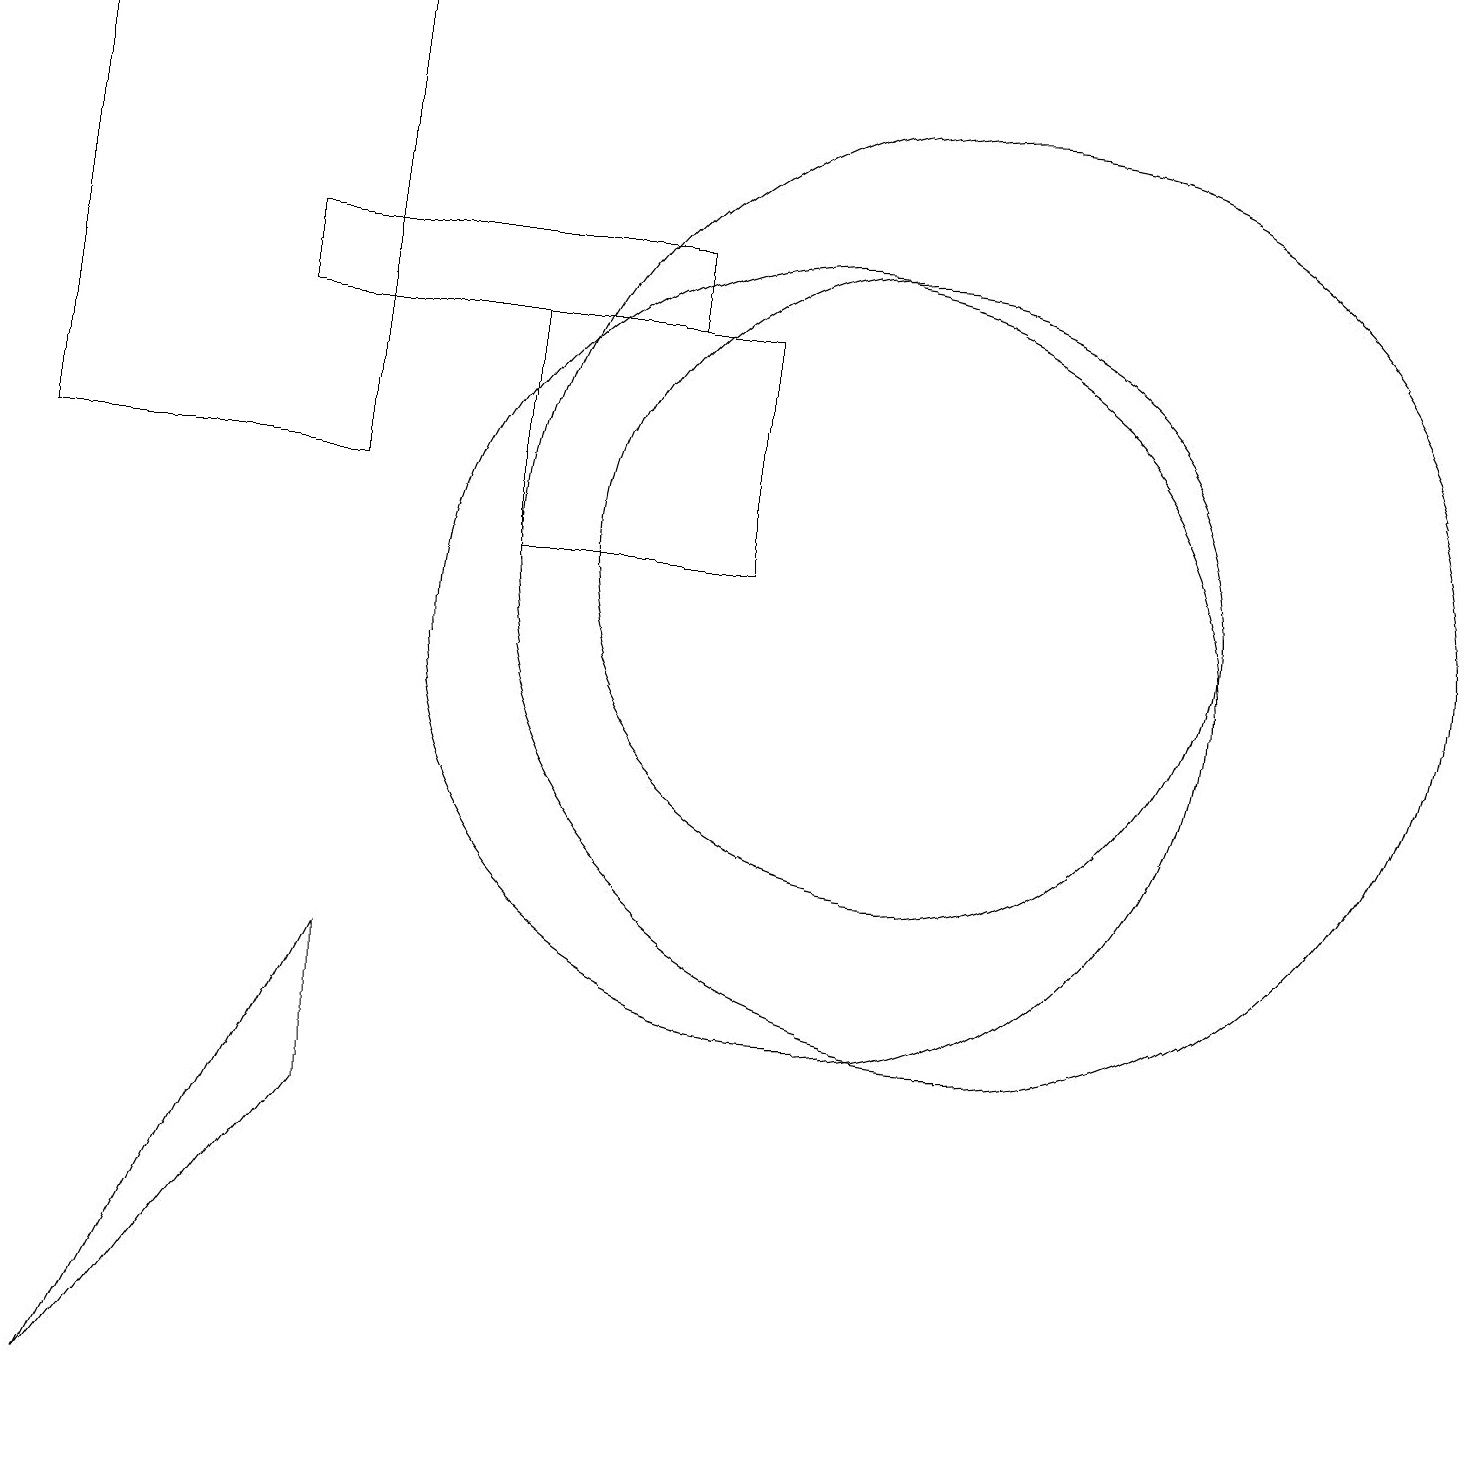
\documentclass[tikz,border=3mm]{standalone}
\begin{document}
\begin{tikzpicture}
\draw (1,0) -- (4,4) -- (4,6) -- cycle;
\draw (3,14) rectangle (8,15);
\draw (10,10) circle (5);
\draw (11,11) circle (4);
\draw (12,11) circle (6);
\draw (0,18) rectangle (4,12);
\draw (6,14) rectangle (9,11);
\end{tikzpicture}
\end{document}